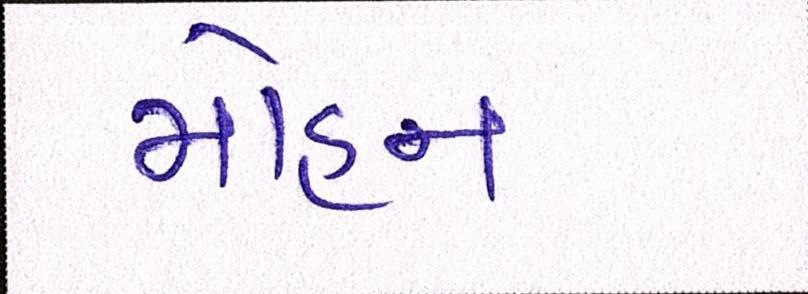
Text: મોહન